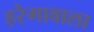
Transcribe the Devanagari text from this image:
हरेगावाला